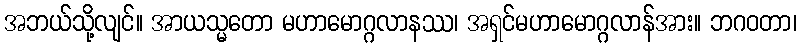
အဘယ်သို့လျင်။ အာယသ္မတော မဟာမောဂ္ဂလာနဿ၊ အရှင်မဟာမောဂ္ဂလာန်အား။ ဘဂဝတာ၊